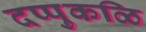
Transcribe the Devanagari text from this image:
दप्पुकळि